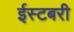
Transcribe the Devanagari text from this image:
ईस्टबरी